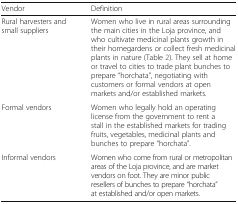
<table><thead><tr><td><b>Vendor</b></td><td><b>Definition</b></td></tr></thead><tbody><tr><td>Rural harvesters and small suppliers</td><td>Women who live in rural areas surrounding the main cities in the Loja province, and who cultivate medicinal plants growth in their homegardens or collect fresh medicinal plants in nature (Table 2). They sell at home or travel to cities to trade plant bunches to prepare “horchata”, negotiating with customers or formal vendors at open markets and/or established markets.</td></tr><tr><td>Formal vendors</td><td>Women who legally hold an operating license from the government to rent a stall in the established markets for trading fruits, vegetables, medicinal plants and bunches to prepare “horchata”.</td></tr><tr><td>Informal vendors</td><td>Women who come from rural or metropolitan areas of the Loja province, and are market vendors on foot. They are minor public resellers of bunches to prepare “horchata” at established and/or open markets.</td></tr></tbody></table>